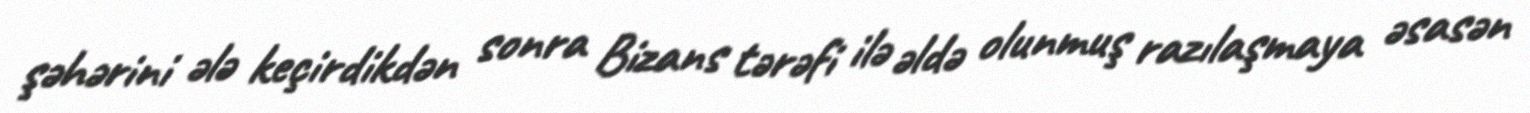
şəhərini ələ keçirdikdən sonra Bizans tərəfi ilə əldə olunmuş razılaşmaya əsasən